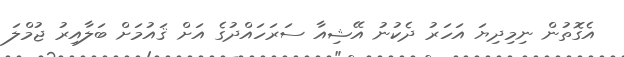
އެގޮތުން ނިމިދިޔަ އަހަރު ދެކުނު އޭޝިއާ ސަރަހައްދުގެ އަށް ޤައުމަށް ބަލާއިރު ޖުމްލަ